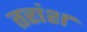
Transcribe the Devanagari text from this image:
तरांश